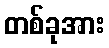
တစ်ခုအား